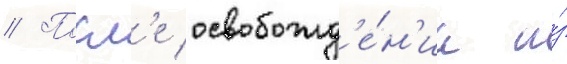
// Посл'е освобожд'е́н'иа и́з